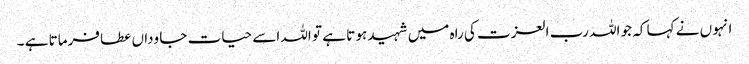
انہو ں نے کہا کہ جو اللہ رب العزت کی راہ میں شہید ہو تا ہے تو اللہ اسے حیات جا وداں عطا فرماتا ہے ۔